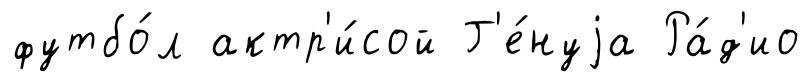
футбо́л актр'и́сой Г'е́нуjа Ра́д'ио